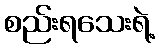
စည်းရသေးရဲ့